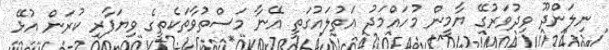
ނިލަންދޫ ވިދުވަރުގޭ ޔާމީން މުހައްމަދު އަތުލައުގަތީ އޭނާ މަސްތުވާތަކެތީގެ ވިޔަފާރި ކުރަން އުޅޭ